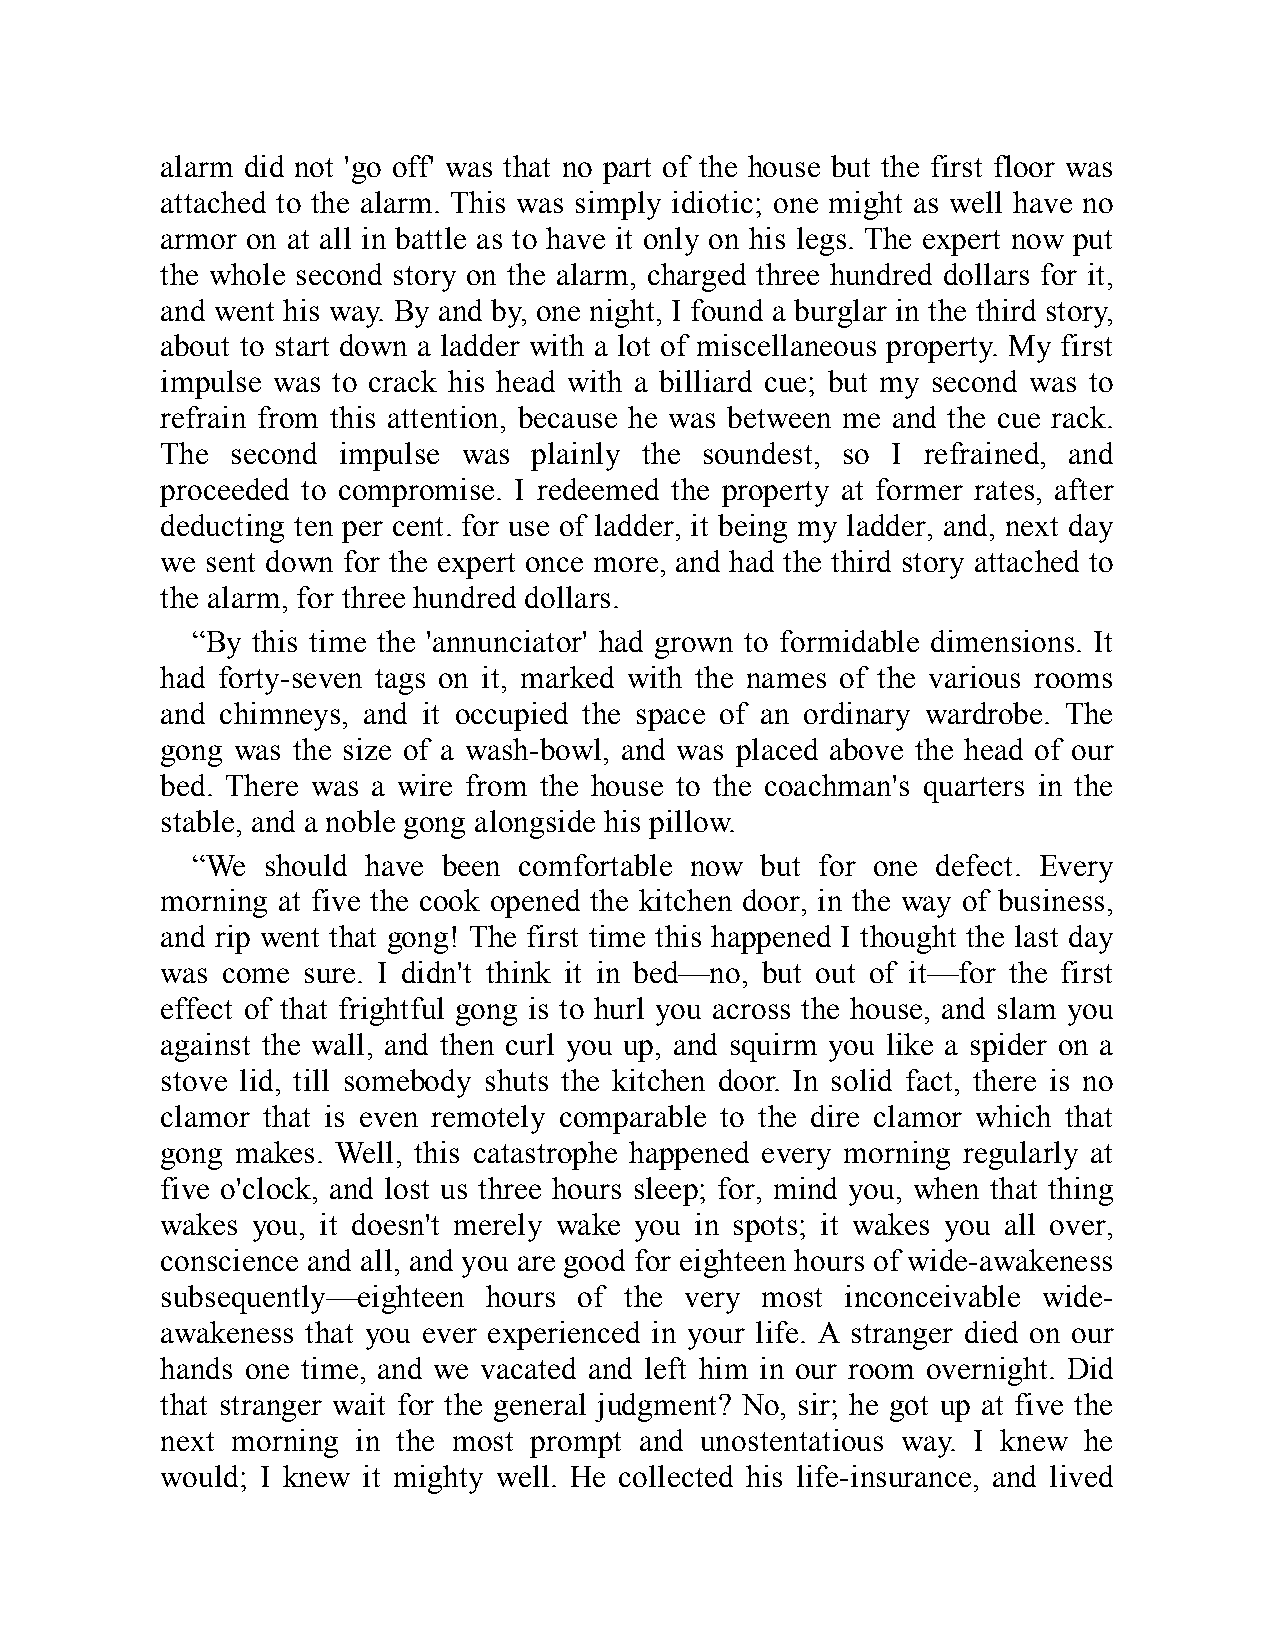
alarm did not 'go off' was that no part of the house but the first floor was
 attached to the alarm. This was simply idiotic; one might as well have no
 armor on at all in battle as to have it only on his legs. The expert now put
 the whole second story on the alarm, charged three hundred dollars for it,
 and went his way. By and by, one night, I found a burglar in the third story,
 about to start down a ladder with a lot of miscellaneous property. My first
 impulse was to crack his head with a billiard cue; but my second was to
 refrain from this attention, because he was between me and the cue rack.
 The second impulse  was plainly the soundest, so I refrained, and
 proceeded to compromise. I redeemed the property at former rates, after
 deducting ten per cent. for use of ladder, it being my ladder, and, next day
 we sent down for the expert once more, and had the third story attached to
 the alarm, for three hundred dollars.
 “By this time the 'annunciator' had grown to formidable dimensions. It
 had forty-seven tags on it, marked with the names of the various rooms
 and chimneys, and it occupied the space of an ordinary wardrobe. The
 gong was the size of a wash-bowl, and was placed above the head of our
 bed. There was a wire from the house to the coachman's quarters in the
 stable, and a noble gong alongside his pillow.
 “We should have been comfortable now but for one defect. Every
 morning at five the cook opened the kitchen door, in the way of business,
 and rip went that gong! The first time this happened I thought the last day
 was come sure. I didn't think it in bed—no, but out of it—for the first
 effect of that frightful gong is to hurl you across the house, and slam you
 against the wall, and then curl you up, and squirm you like a spider on a
 stove lid, till somebody shuts the kitchen door. In solid fact, there is no
 clamor that is even remotely comparable to the dire clamor which that
 gong makes. Well, this catastrophe happened every morning regularly at
 five o'clock, and lost us three hours sleep; for, mind you, when that thing
 wakes you, it doesn't merely wake you in spots; it wakes you all over,
 conscience and all, and you are good for eighteen hours of wide-awakeness
 subsequently—eighteen hours of the very most inconceivable wide-
 awakeness that you ever experienced in your life. A stranger died on our
 hands one time, and we vacated and left him in our room overnight. Did
 that stranger wait for the general judgment? No, sir; he got up at five the
 next morning in the most prompt and unostentatious way. I knew he
 would; I knew it mighty well. He collected his life-insurance, and lived